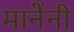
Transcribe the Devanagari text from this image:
मानेंनी